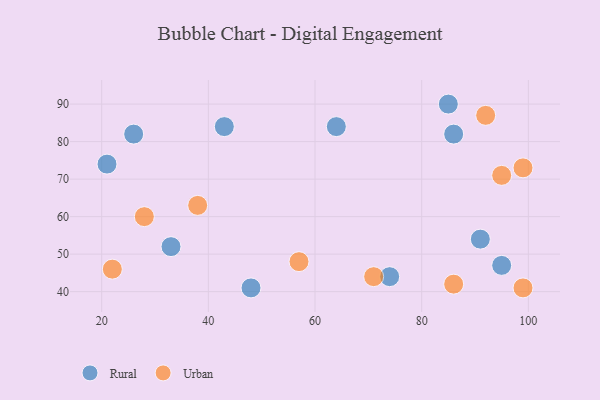
{"axis": {"x": "GDP", "y": "Life Expectancy"}, "legend": ["Rural", "Urban"], "data": [{"x": "74", "y": 44, "type": "Rural"}, {"x": "95", "y": 47, "type": "Rural"}, {"x": "91", "y": 54, "type": "Rural"}, {"x": "21", "y": 74, "type": "Rural"}, {"x": "48", "y": 41, "type": "Rural"}, {"x": "33", "y": 52, "type": "Rural"}, {"x": "85", "y": 90, "type": "Rural"}, {"x": "64", "y": 84, "type": "Rural"}, {"x": "43", "y": 84, "type": "Rural"}, {"x": "86", "y": 82, "type": "Rural"}, {"x": "26", "y": 82, "type": "Rural"}, {"x": "99", "y": 41, "type": "Urban"}, {"x": "22", "y": 46, "type": "Urban"}, {"x": "28", "y": 60, "type": "Urban"}, {"x": "71", "y": 44, "type": "Urban"}, {"x": "57", "y": 48, "type": "Urban"}, {"x": "99", "y": 73, "type": "Urban"}, {"x": "86", "y": 42, "type": "Urban"}, {"x": "95", "y": 71, "type": "Urban"}, {"x": "38", "y": 63, "type": "Urban"}, {"x": "92", "y": 87, "type": "Urban"}]}